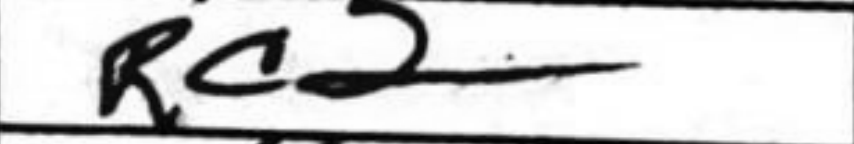
Transcription: Rc2